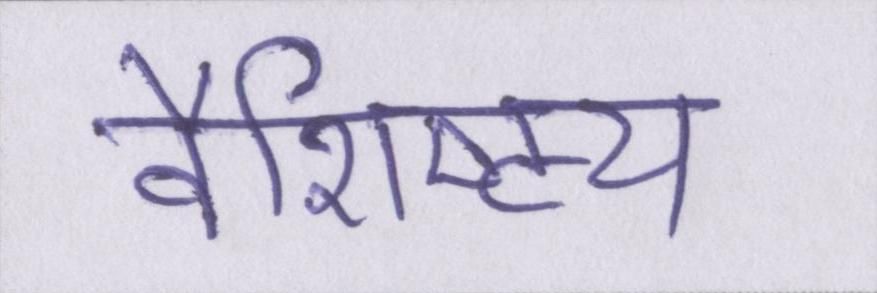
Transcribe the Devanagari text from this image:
वैशिष्ट्य